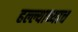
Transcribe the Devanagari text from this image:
हल्ल्याच्याच